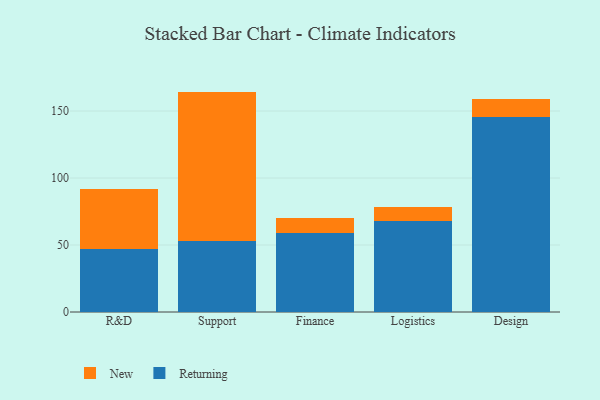
{"axis": {"x": "Department", "y": "Operating Costs (USD K)"}, "legend": ["New", "Returning"], "data": [{"x": "R&D", "y": 46.9, "type": "Returning"}, {"x": "R&D", "y": 45.1, "type": "New"}, {"x": "Support", "y": 53.2, "type": "Returning"}, {"x": "Support", "y": 111.3, "type": "New"}, {"x": "Finance", "y": 58.7, "type": "Returning"}, {"x": "Finance", "y": 11.8, "type": "New"}, {"x": "Logistics", "y": 67.9, "type": "Returning"}, {"x": "Logistics", "y": 10.2, "type": "New"}, {"x": "Design", "y": 145.8, "type": "Returning"}, {"x": "Design", "y": 13.4, "type": "New"}]}